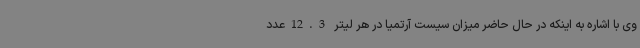
وی با اشاره به اینکه در حال حاضر میزان سیست آرتمیا در هر لیتر 12.3عدد